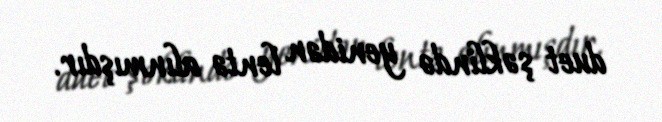
duet şəklində yenidən lentə alınmışdır.